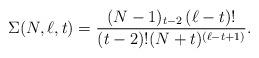
LaTeX: \begin{align*}\Sigma(N,\ell,t)=\frac{(N-1)_{t-2}\,(\ell-t)!}{(t-2)!(N+t)^{(\ell-t+1)}}.\end{align*}